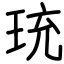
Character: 珫